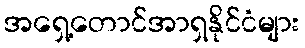
အရှေ့တောင်အာရှနိုင်ငံများ